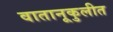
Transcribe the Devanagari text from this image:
वातानूकुलीत